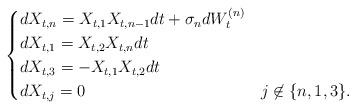
LaTeX: \begin{align*} \begin{cases}dX_{t,n} = X_{t,1}X_{t,n-1}dt + \sigma_n dW_t^{(n)} \\ dX_{t,1} = X_{t,2}X_{t,n}dt \\ dX_{t,3} = -X_{t,1}X_{t,2}dt \\ dX_{t,j} = 0 & j \not \in \{n,1,3\}.\end{cases}\end{align*}